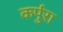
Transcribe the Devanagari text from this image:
कर्पुरा